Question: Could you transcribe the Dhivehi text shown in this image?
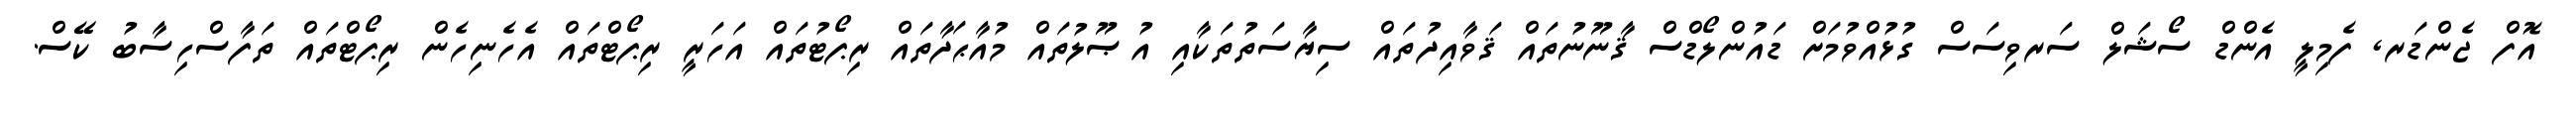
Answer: އޮފް ޖެންޑަރ, ފެމިލީ އެންޑް ސޯޝަލް ސަރވިސަސް ގުޅުއްވުމަށް ޑައުންލޯޑްސް ޤާނޫނުތައް ޤަވާއިދުތައް ސިޔާސަތުތަކާއި އުޞޫލުތައް މުއާޙަދާތައް ރިޕޯޓުތައް އަހަރީ ރިޕޯޓްތައް އެހެނިހެން ރިޕޯޓްތައް ތަފާސްހިސާބު ކޭސް.